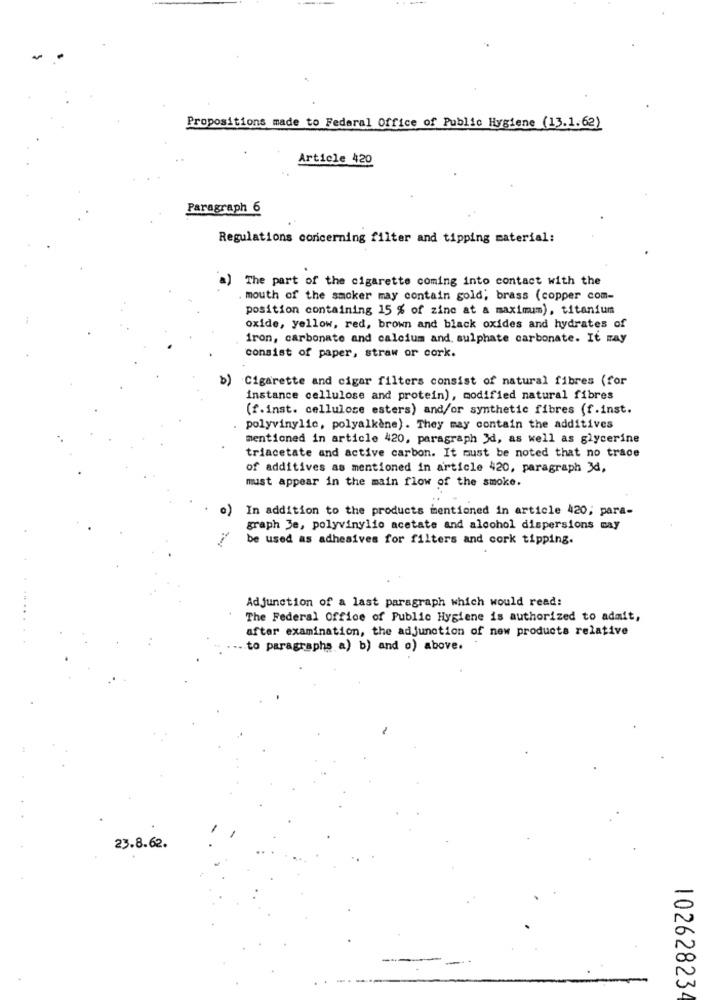
Propositions made to Federal Office of Public Hygiene (13.1.62)
Article 420
Paragraph 6
Regulations concerning filter and tipping material:
a) The part of the cigarette coming into contact with the
mouth of the smoker may contain gold, brass (copper com-
position containing 15 % of zinc at a maximum), titanium
oxide, yellow, red, brown and black oxides and hydrates of
iron, carbonate and calcium and sulphate carbonate. It may
consist of paper, straw or cork.
b) Cigarette and cigar filters consist of natural fibres (for
instance cellulose and protein), modified natural fibres
(f.inst. cellulose esters) and/or synthetic fibres (f.inst.
polyvinylic, polyalkene). They may contain the additives
mentioned in article 420, paragraph 3d, as well as glycerine
triacetate and active carbon. It must be noted that no trace
of additives as mentioned in article 420, paragraph 34,
must appear in the main flow of the smoke.
o) In addition to the products mentioned in article 420; para-
graph Je, polyvinylio acetate and alcohol dispersions may
be used as adhesives for filters and cork tipping.
Adjunction of a last paragraph which would read:
The Federal Office of Public Hygiene is authorized to admit,
after examination, the adjunction of new products relative
.. . to paragraphs a) b) and o) above.
23.8.62.
10262823